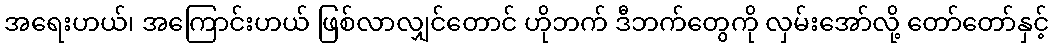
အရေးဟယ်၊ အကြောင်းဟယ် ဖြစ်လာလျှင်တောင် ဟိုဘက် ဒီဘက်တွေကို လှမ်းအော်လို့ တော်တော်နှင့်